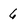
Character: 6